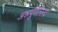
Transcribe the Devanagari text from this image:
अन्नपूर्णानन्द